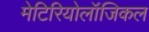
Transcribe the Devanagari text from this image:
मेटिरियोलॉजिकल